Report on plague and inoculation in the Punjab from October 1st ... to September 30th..., being the ... season of plague in the province
Disease focus: Plague
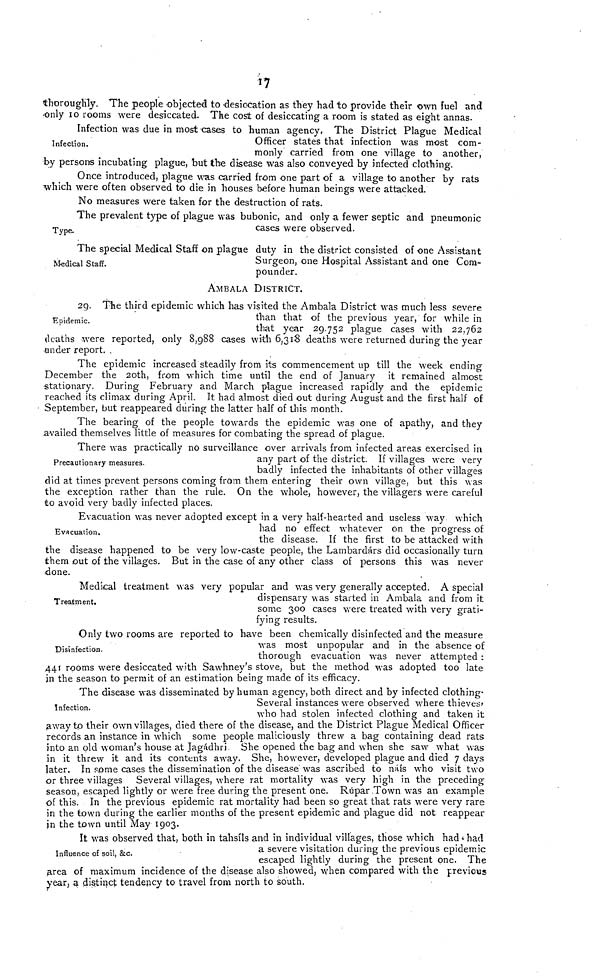
17
thoroughly. The people objected to desiocation as they had to provide their own fuel and
only 10 rooms were desiccated. The cost of desiccating a room is stated as eight annas.
Infection.
Infection was due in most cases to human agency. The District Plague Medical
Officer states that infection was most com-
monly carried from one village to another,
by persons incubating plague, but the disease was also conveyed by infected clothing.
Once introduced, plague was carried from one part of a village to another by rats
which were often observed to die in houses before human beings were attacked.
No measures were taken for the destruction of rats.
Type.
The prevalent type of plague was bubonic, and only a fewer septic and pneumonic
cases were observed.
Medical Staff.
The special Medical Staff on plague duty in the district consisted of one Assistant
Surgeon, one Hospital Assistant and one Com-
pounder.
AMBALA DISTRICT.
Epidemic.
2g. The third epidemic which has visited the Ambala District was much less severe
than that of the previous year, for while in
that year 29.752 plague cases with 22,762
deaths were reported, only 8,988 cases with 6,318 deaths were returned during the year
under report. .
The epidemic increased steadily from its commencement up till the week ending
December the 20th, from which time until the end of January it remained almost
stationary. During February and March plague increased rapidly and the epidemic
reached its climax during April. It had almost died out during August and the first half of
September, but reappeared during the latter half of this month.
The bearing of the people towards the epidemic was one of apathy, and they
availed themselves little of measures for combating the spread of plague.
Precautionary measures.
There was practically no surveillance over arrivals from infected areas exercised in
any part of the district. If villages were very
badly infected the inhabitants of other villages
did at times prevent persons coming from them entering their own village, but this was
the exception rather than the rule. On the whole, however, the villagers were careful
to avoid very badly infected places.
Evacuation.
Evacuation was never adopted except in a very half-hearted and useless way which
had no effect whatever on the progress of
the disease. If the first to be attacked with
the disease happened to be very low-caste people, the Lambardárs did occasionally turn
them out of the villages. But in the case of any other class of persons this was never
done.
Treatment
Medical treatment was very popular and was very generally accepted. A special
dispensary was started in Ambala and from it
some 300 cases were treated with very grati-
fying results.
Disinfection.
Only two rooms are reported to have been chemically disinfected and the measure
was most unpopular and in the absence of
thorough evacuation was never attempted :
441 rooms were desiccated with Sawhney's stove, but the method was adopted too late
in the season to permit of an estimation being made of its efficacy.
Infection.
The disease was disseminated by human agency, both direct and by infected clothing-
Several instances were observed where thieves'
who had stolen infected clothing and taken it
¡away to their own villages, died there of the disease, and the District Plague Medical Officer
records an instance in which some people maliciously threw a bag containing dead rats
into an old woman's house at Jagádhri She opened the bag and when she saw what was
in it threw it and its contents away. She, however, developed plague and died 7 days
later. In some cases the dissemination of the disease was ascribed to náís who visit two
or three villages Several villages, where rat mortality was very high in the preceding
season, escaped lightly or were free during the present one. Rupar Town was an example
of this. In the previous epidemic rat mortality had been so great that rats were very rare
in the town during the earlier months of the present epidemic and plague did not reappear
in the town until May 1903.
Influence of soil, &c.
It was observed that, both in tahsíls and in individual villages, those which had had
a severe visitation during the previous epidemic
escaped lightly during the present one. The
¡area of maximum incidence of the disease also showed, when compared with the previous
year, a distinct tendency to travel from north to south.